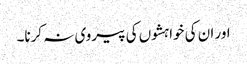
اور ان کی خواہشوں کی پیروی نہ کرنا۔